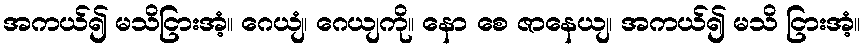
အကယ်၍ မသိငြားအံ့။ ဂေယျံ၊ ဂေယျကို။ နော စေ ဇာနေယျ၊ အကယ်၍ မသိ ငြားအံ့။